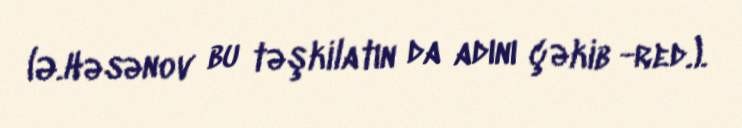
(Ə.Həsənov bu təşkilatın da adını çəkib -red.).